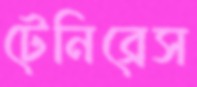
টেনিব্রেস